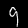
Label: 9